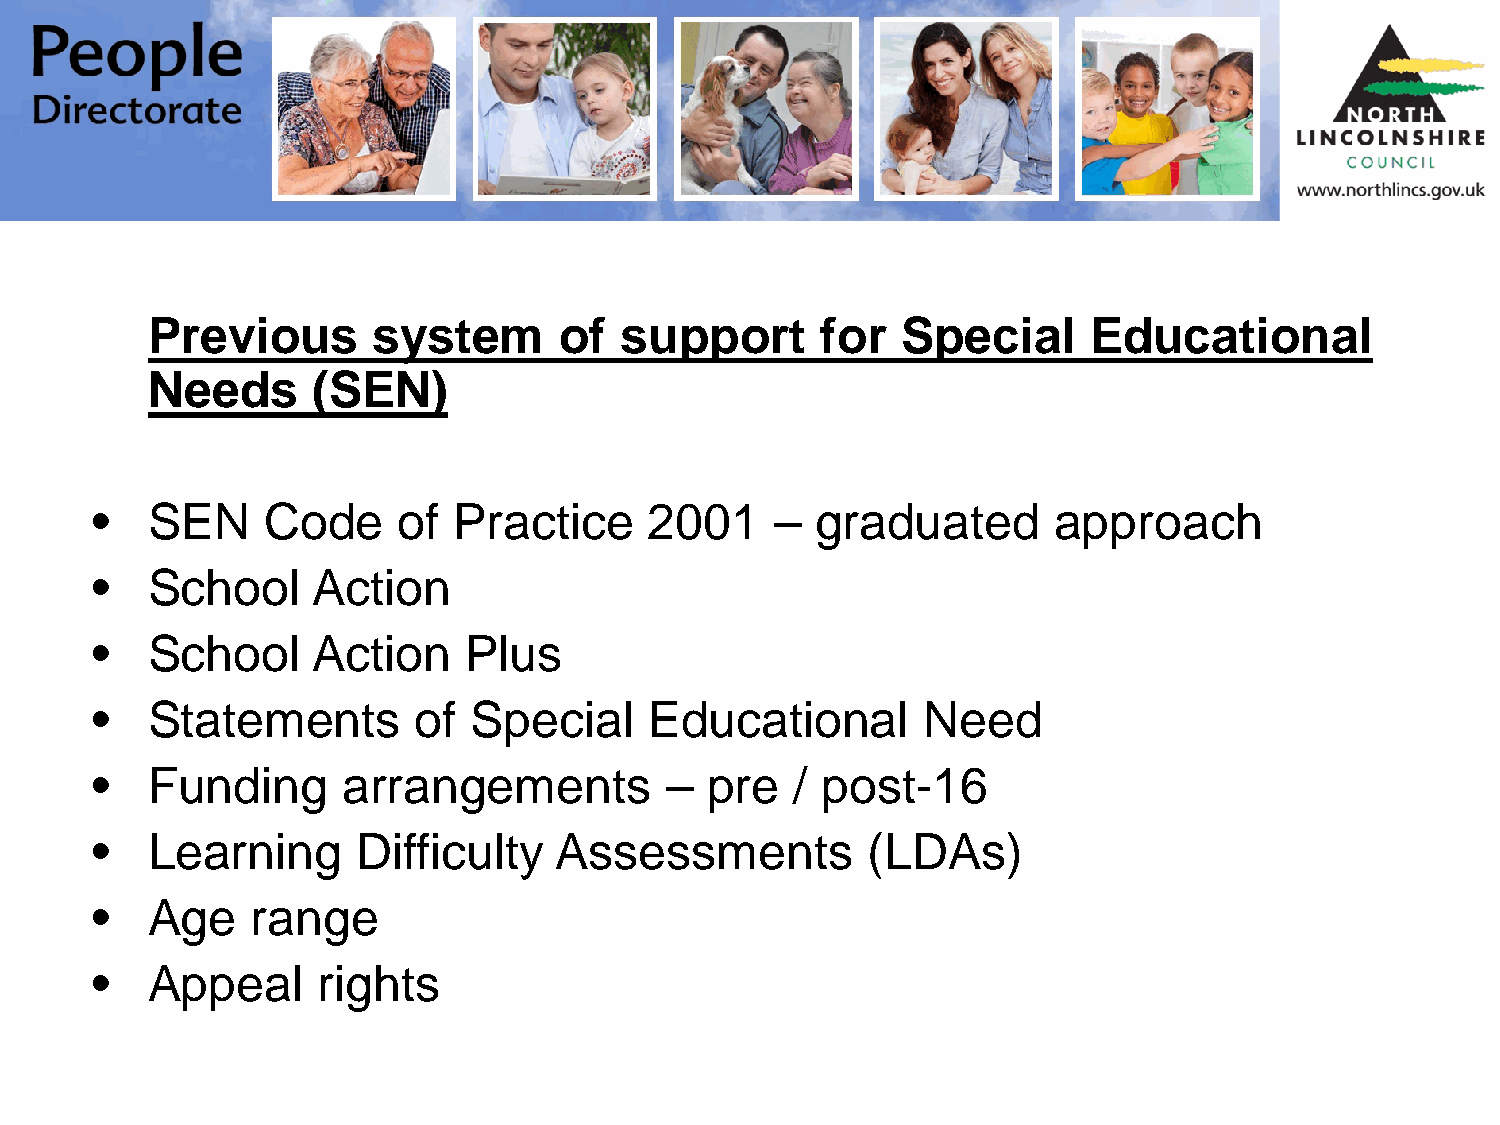
Previous       system      of  support      for   Special     Educational
 Needs      (SEN)
 •   SEN     Code    of  Practice     2001    –  graduated       approach
 •   School     Action
 •   School     Action    Plus
 •   Statements       of  Special     Educational       Need
 •   Funding      arrangements         –  pre   / post-16
 •   Learning      Difficulty   Assessments         (LDAs)
 •   Age    range
 •   Appeal     rights